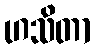
ဟသိတာ